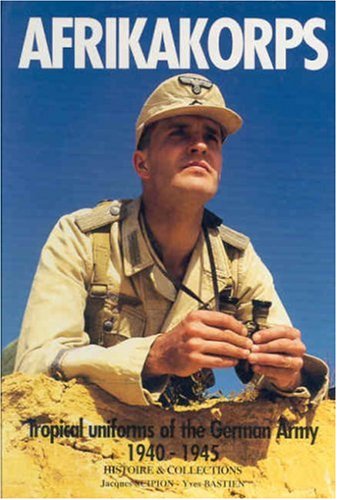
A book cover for Afrikakorps: Tropical uniforms of the German Army 1940-1945; Jacques Scipion; History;